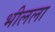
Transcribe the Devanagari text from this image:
भीलला